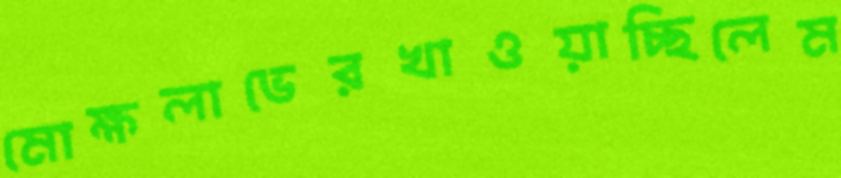
মোক্ষলাভেরখাওয়াচ্ছিলেম